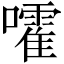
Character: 嚯